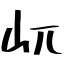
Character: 屼